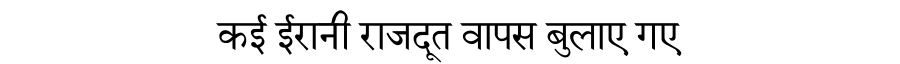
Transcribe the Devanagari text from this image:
कई ईरानी राजदूत वापस बुलाए गए